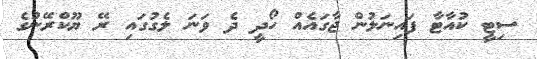
ސިޓީ ކުއާޓާ ފައިނަލުން ޖާގައެއް ހޯދީ ދެ ވަނަ ލެގުގައި ރޭ ޔޫކްރޭނުގެ